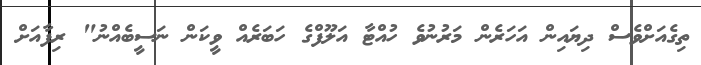
ތިގެއަށްވެސް ދިޔައިން އަހަރެން މަރުނުވެ ހުއްޓާ އަލޫފްގެ ހަބަރެއް ވީކަން ނަސީބެއްނު" ރިފާއަށް